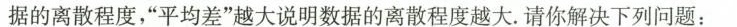
据的离散程度，“平均差”越大说明数据的离散程度越大。请你解决下列问题：